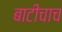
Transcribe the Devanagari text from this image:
बाटीचाच